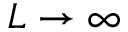
L \rightarrow \infty